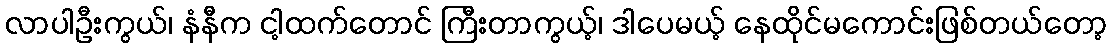
လာပါဦးကွယ်၊ နံနီက ငါ့ထက်တောင် ကြီးတာကွယ့်၊ ဒါပေမယ့် နေထိုင်မကောင်းဖြစ်တယ်တော့